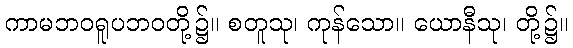
ကာမဘဝရူပဘဝတို့၌။ စတူသု၊ ကုန်သော။ ယောနီသု၊ တို့၌။